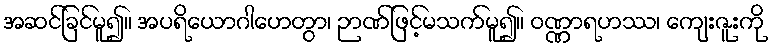
အဆင်ခြင်မူ၍။ အပရိယောဂါဟေတွာ၊ ဉာဏ်ဖြင့်မသက်မူ၍။ ဝဏ္ဏာရဟဿ၊ ကျေးဇူးကို